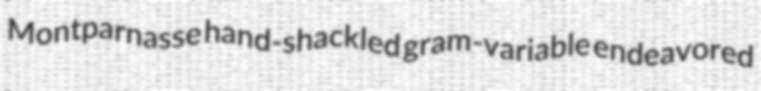
Montparnasse hand-shackled gram-variable endeavored